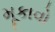
મૂકાવો